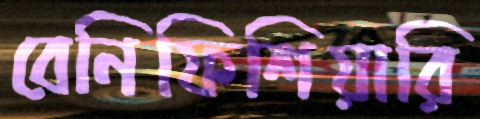
বেনিফিশিয়ারি